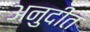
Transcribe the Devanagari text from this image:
अनुदीत